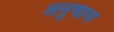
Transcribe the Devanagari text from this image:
अनुषान